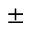
\pm